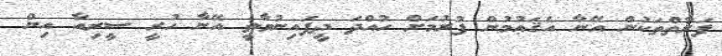
ފަރާތްތަކުން އޭނާ އެޤަޢުމުން ފުރުމަށް ހުއްދަ ދީފައިނުވާތީ އޭނާ ހުރީ ސީރިއާ އިން